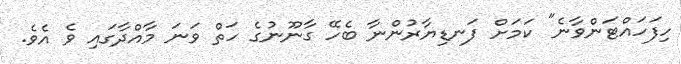
ހިފަހައްޓަންވާނެ" ކަމަށް ފަނޑިޔާރުންނާ ބެހޭ ގާނޫނުގެ ހަތް ވަނަ މާއްދާގައި ވެ އެވެ.